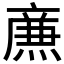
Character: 𤎉